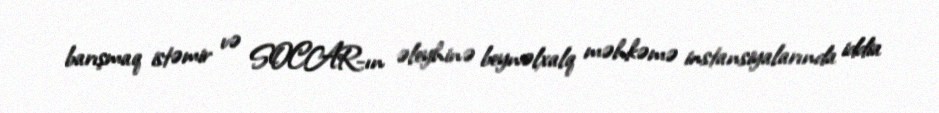
barışmaq istəmir və SOCAR-ın əleyhinə beynəlxalq məhkəmə instansiyalarında iddia